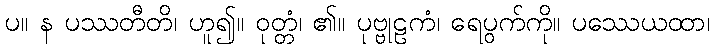
ပ။ န ပဿတီတိ၊ ဟူ၍။ ဝုတ္တံ၊ ၏။ ပုဗ္ဗုဠကံ၊ ရေပွက်ကို။ ပဿေယထာ၊